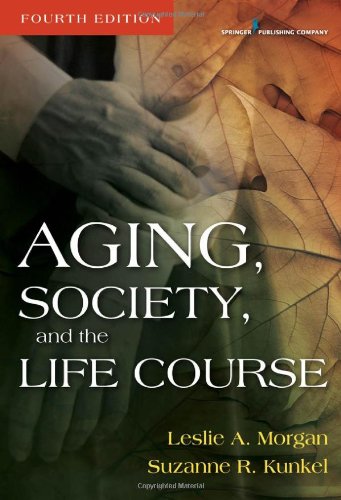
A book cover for Aging, Society, and the Life Course, Fourth Edition; Leslie A. Morgan PhD; Politics & Social Sciences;